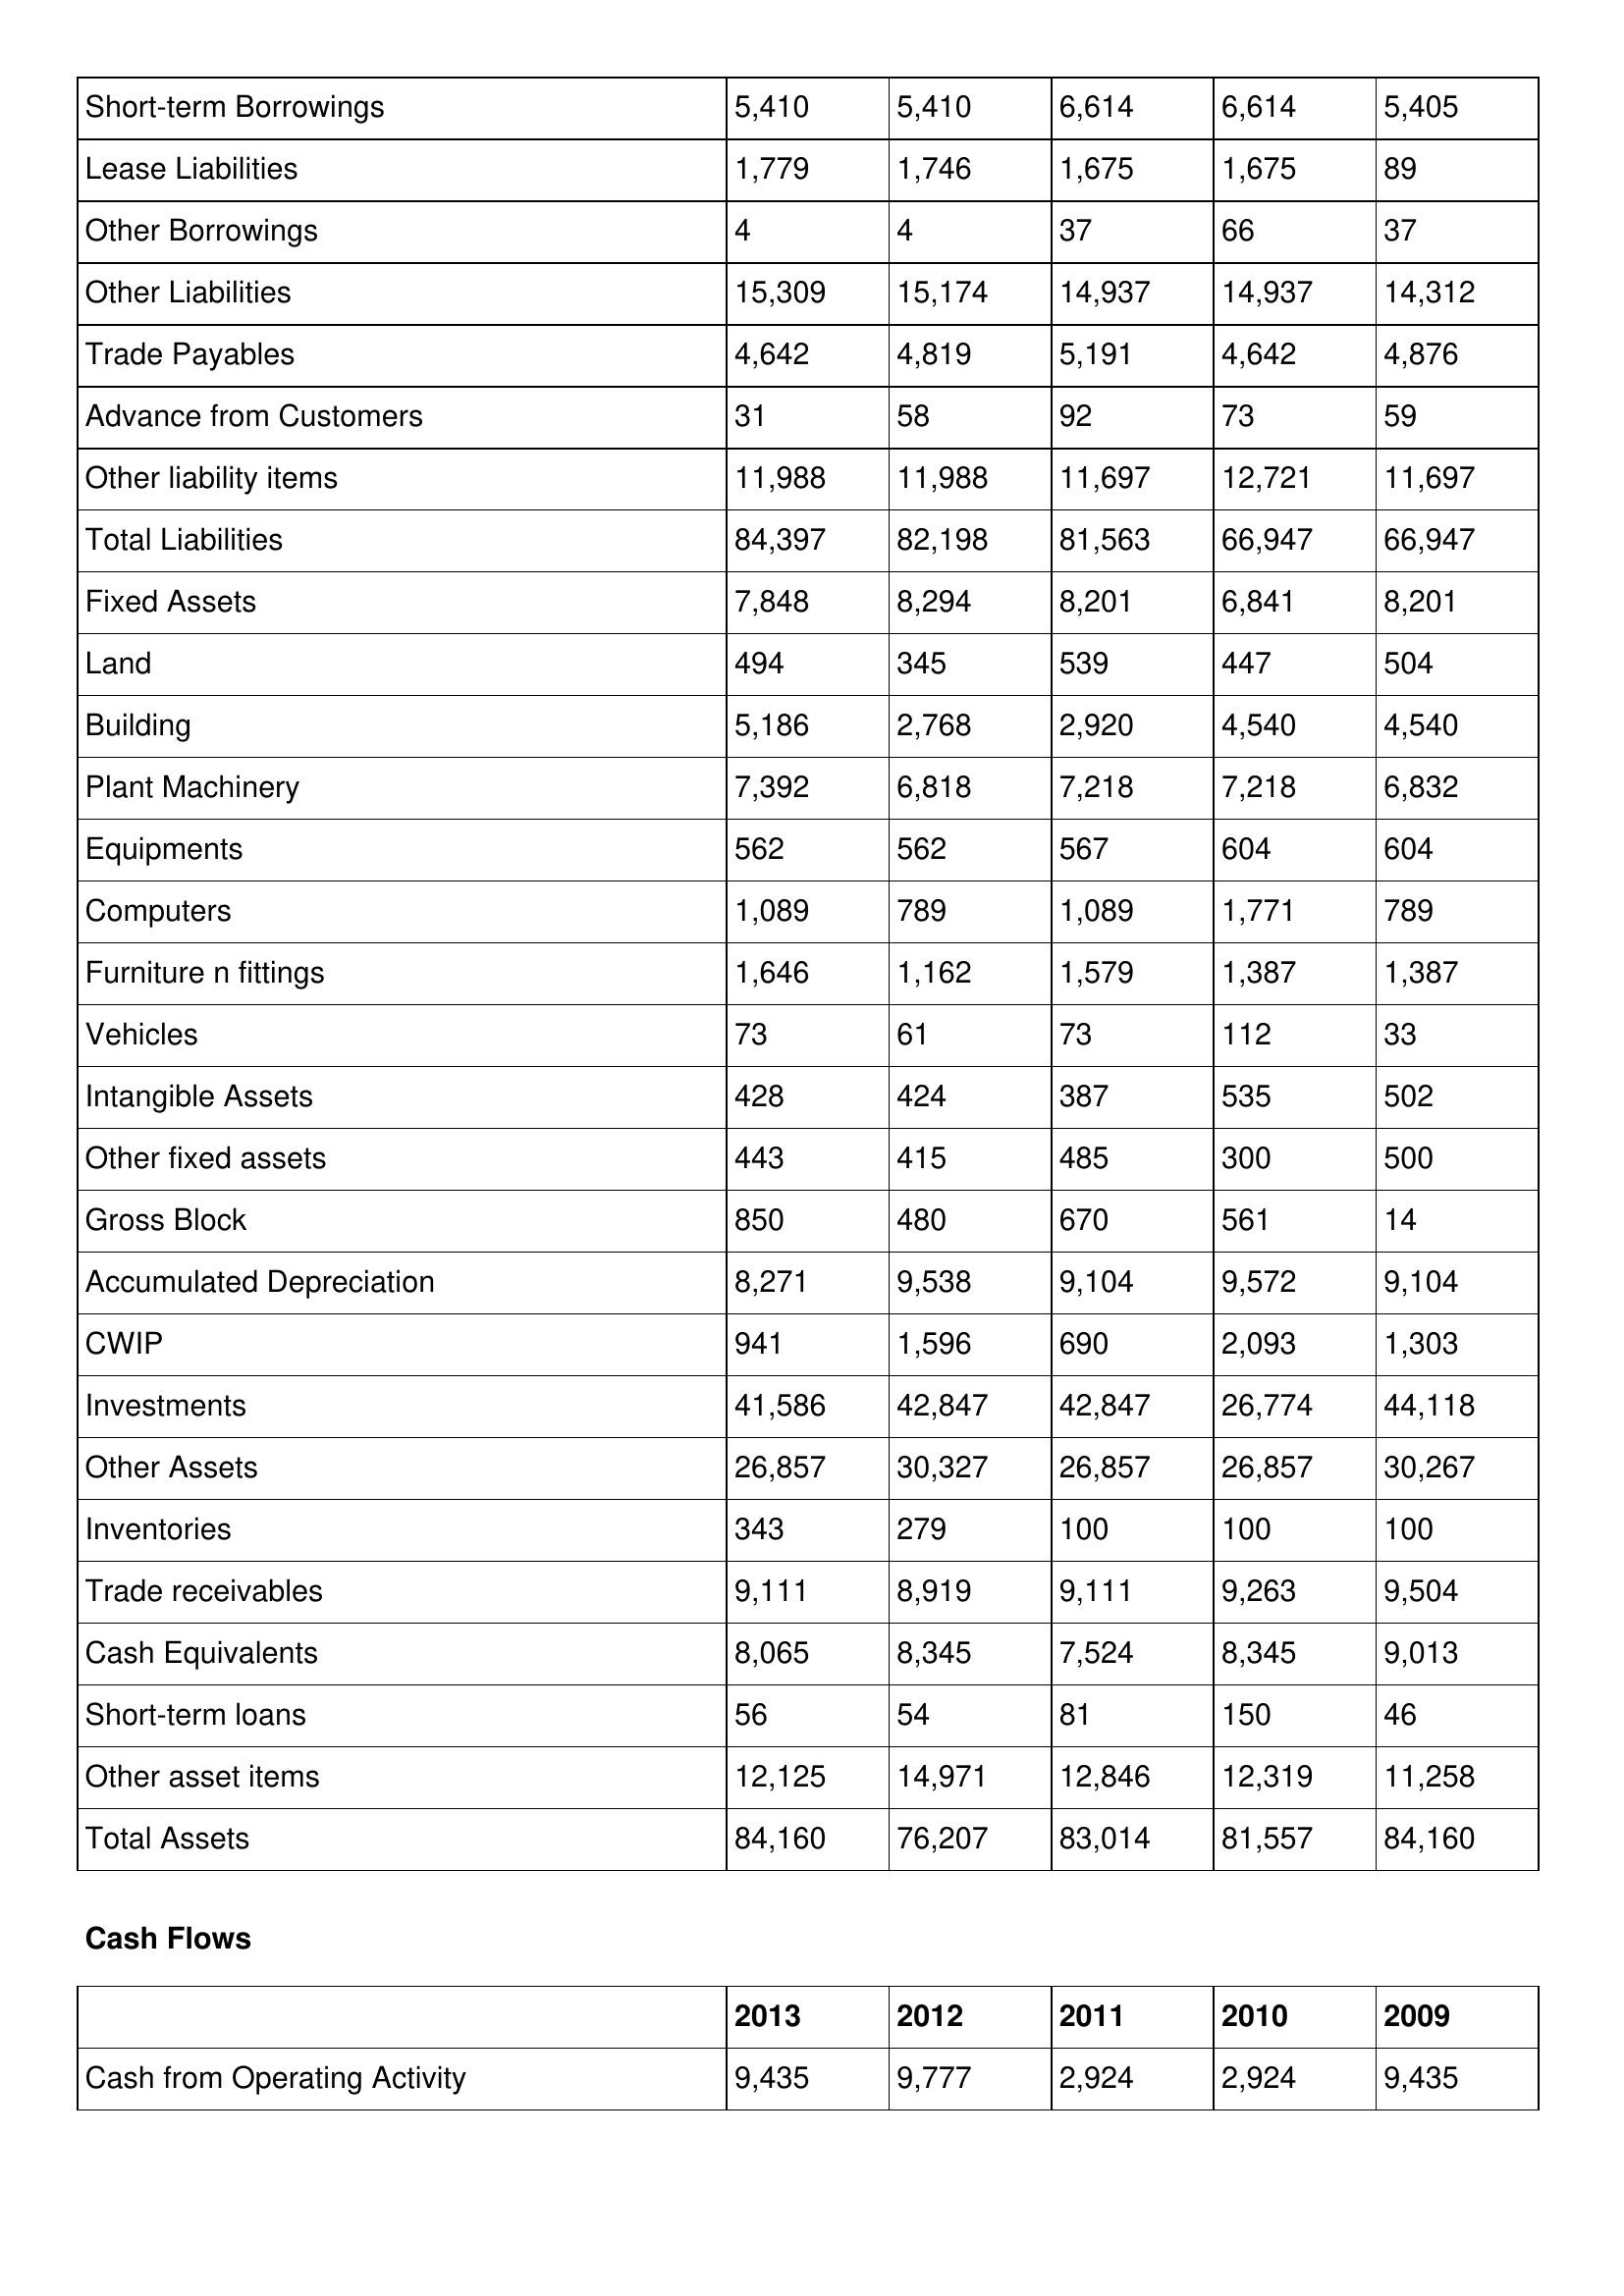
gt_parse: 2013: Balance Sheet: Short-term Borrowings: 5,410
Lease Liabilities: 1,779
Other Borrowings: 4
Other Liabilities: 15,309
Trade Payables: 4,642
Advance from Customers: 31
Other liability items: 11,988
Total Liabilities: 84,397
Fixed Assets: 7,848
Land: 494
Building: 5,186
Plant Machinery: 7,392
Equipments: 562
Computers: 1,089
Furniture n fittings: 1,646
Vehicles: 73
Intangible Assets: 428
Other fixed assets: 443
Gross Block: 850
Accumulated Depreciation: 8,271
CWIP: 941
Investments: 41,586
Other Assets: 26,857
Inventories: 343
Trade receivables: 9,111
Cash Equivalents: 8,065
Short-term loans: 56
Other asset items: 12,125
Total Assets: 84,160
Cash Flows: Cash from Operating Activity: 9,435
2012: Balance Sheet: Short-term Borrowings: 5,410
Lease Liabilities: 1,746
Other Borrowings: 4
Other Liabilities: 15,174
Trade Payables: 4,819
Advance from Customers: 58
Other liability items: 11,988
Total Liabilities: 82,198
Fixed Assets: 8,294
Land: 345
Building: 2,768
Plant Machinery: 6,818
Equipments: 562
Computers: 789
Furniture n fittings: 1,162
Vehicles: 61
Intangible Assets: 424
Other fixed assets: 415
Gross Block: 480
Accumulated Depreciation: 9,538
CWIP: 1,596
Investments: 42,847
Other Assets: 30,327
Inventories: 279
Trade receivables: 8,919
Cash Equivalents: 8,345
Short-term loans: 54
Other asset items: 14,971
Total Assets: 76,207
Cash Flows: Cash from Operating Activity: 9,777
2011: Balance Sheet: Short-term Borrowings: 6,614
Lease Liabilities: 1,675
Other Borrowings: 37
Other Liabilities: 14,937
Trade Payables: 5,191
Advance from Customers: 92
Other liability items: 11,697
Total Liabilities: 81,563
Fixed Assets: 8,201
Land: 539
Building: 2,920
Plant Machinery: 7,218
Equipments: 567
Computers: 1,089
Furniture n fittings: 1,579
Vehicles: 73
Intangible Assets: 387
Other fixed assets: 485
Gross Block: 670
Accumulated Depreciation: 9,104
CWIP: 690
Investments: 42,847
Other Assets: 26,857
Inventories: 100
Trade receivables: 9,111
Cash Equivalents: 7,524
Short-term loans: 81
Other asset items: 12,846
Total Assets: 83,014
Cash Flows: Cash from Operating Activity: 2,924
2010: Balance Sheet: Short-term Borrowings: 6,614
Lease Liabilities: 1,675
Other Borrowings: 66
Other Liabilities: 14,937
Trade Payables: 4,642
Advance from Customers: 73
Other liability items: 12,721
Total Liabilities: 66,947
Fixed Assets: 6,841
Land: 447
Building: 4,540
Plant Machinery: 7,218
Equipments: 604
Computers: 1,771
Furniture n fittings: 1,387
Vehicles: 112
Intangible Assets: 535
Other fixed assets: 300
Gross Block: 561
Accumulated Depreciation: 9,572
CWIP: 2,093
Investments: 26,774
Other Assets: 26,857
Inventories: 100
Trade receivables: 9,263
Cash Equivalents: 8,345
Short-term loans: 150
Other asset items: 12,319
Total Assets: 81,557
Cash Flows: Cash from Operating Activity: 2,924
2009: Balance Sheet: Short-term Borrowings: 5,405
Lease Liabilities: 89
Other Borrowings: 37
Other Liabilities: 14,312
Trade Payables: 4,876
Advance from Customers: 59
Other liability items: 11,697
Total Liabilities: 66,947
Fixed Assets: 8,201
Land: 504
Building: 4,540
Plant Machinery: 6,832
Equipments: 604
Computers: 789
Furniture n fittings: 1,387
Vehicles: 33
Intangible Assets: 502
Other fixed assets: 500
Gross Block: 14
Accumulated Depreciation: 9,104
CWIP: 1,303
Investments: 44,118
Other Assets: 30,267
Inventories: 100
Trade receivables: 9,504
Cash Equivalents: 9,013
Short-term loans: 46
Other asset items: 11,258
Total Assets: 84,160
Cash Flows: Cash from Operating Activity: 9,435